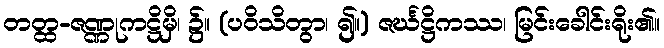
တတ္ထ-ဇဏ္ဏုကဋ္ဌိမှိ၊ ၌။ (ပဝိသိတွာ၊ ၍။) ဇင်္ဃဋ္ဌိကဿ၊ မြင်းခေါင်းရိုး၏။